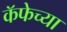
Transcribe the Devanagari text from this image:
कॅफेच्या